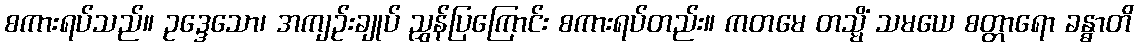
စကားရပ်သည်။ ဥဒ္ဒေသော၊ အကျဉ်းချုပ် ညွှန်ပြကြောင်း စကားရပ်တည်း။ ကတမေ တသ္မိံ သမယေ စတ္တာရော ခန္ဓာတိ